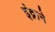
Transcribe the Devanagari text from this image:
इंद्राने